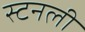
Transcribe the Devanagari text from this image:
स्टनली